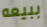
ببيعه